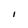
Character: I